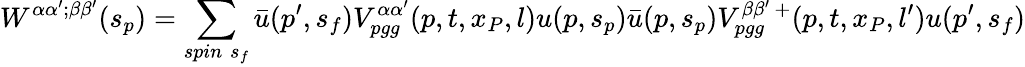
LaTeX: W^{\alpha\alpha^{\prime};\beta\beta^{\prime}}(s_{p})=\sum_{spin\; s_{f}}\bar{u}(p^{\prime},s_{f})V_{pgg}^{\alpha\alpha^{\prime}}(p,t,x_{P},l)u(p,s_{p})\bar{u}(p,s_{p})V_{pgg}^{\beta\beta^{\prime}\, +}(p,t,x_{P},l^{\prime})u(p^{\prime},s_{f})